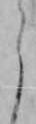
う